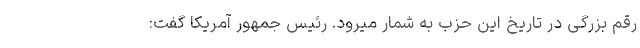
رقم بزرگی در تاریخ این حزب به شمار میرود. رئیس جمهور آمریکا گفت: